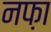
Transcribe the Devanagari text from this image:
नफ़ा